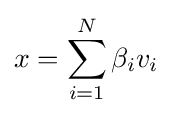
x=\sum _{i=1}^{N}{\beta _{i}v_{i}}